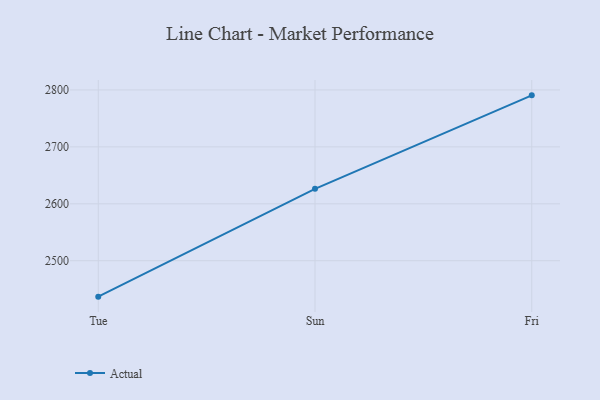
{"axis": {"x": "Day", "y": "Churn Rate (%)"}, "legend": ["Actual"], "data": [{"x": "Tue", "y": 2436.9, "type": "Actual"}, {"x": "Sun", "y": 2626.3, "type": "Actual"}, {"x": "Fri", "y": 2790.5, "type": "Actual"}]}